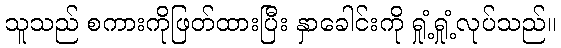
သူသည် စကားကိုဖြတ်ထားပြီး နှာခေါင်းကို ရှုံ့ရှုံ့လုပ်သည်။